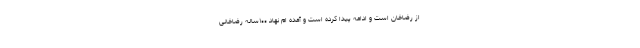
از رضاخان است و ادامه پیدا کرده است و آمده ام نهاد ۱۰۰ساله رضاخانی